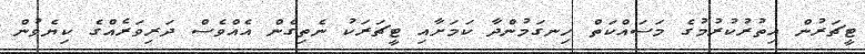
ޓީޗަރުން އިތުރުކުރުމުގެ މަސައްކަތް ހިނގަމުންދާ ކަމަށާއި ޓީޗަރަކު ނެތިގެން އެއްވެސް ދަރިވަރެއްގެ ކިޔެވުން